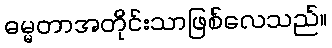
ဓမ္မတာအတိုင်းသာဖြစ်လေသည်။